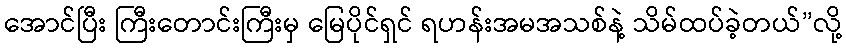
အောင်ပြီး ကြီးတောင်းကြီးမှ မြေပိုင်ရှင် ရဟန်းအမအသစ်နဲ့ သိမ်ထပ်ခဲ့တယ်”လို့